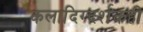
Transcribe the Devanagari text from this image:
कलादिग्दर्शकही